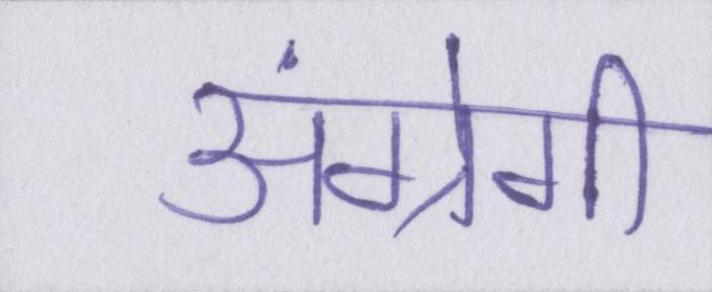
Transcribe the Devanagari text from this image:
अंग्रेगी